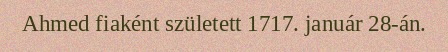
Ahmed fiaként született 1717. január 28-án.